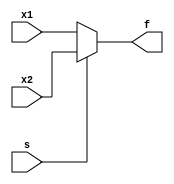
module mux_2_1_if
(
input x1 ,
input x2 ,
input s,
output reg f
);
always@ (*)
begin
if(s)
f = x2;
else
f = x1;
end
endmodule